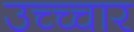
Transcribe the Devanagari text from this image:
उच्च्चार